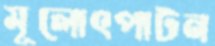
মূলোৎপাটন